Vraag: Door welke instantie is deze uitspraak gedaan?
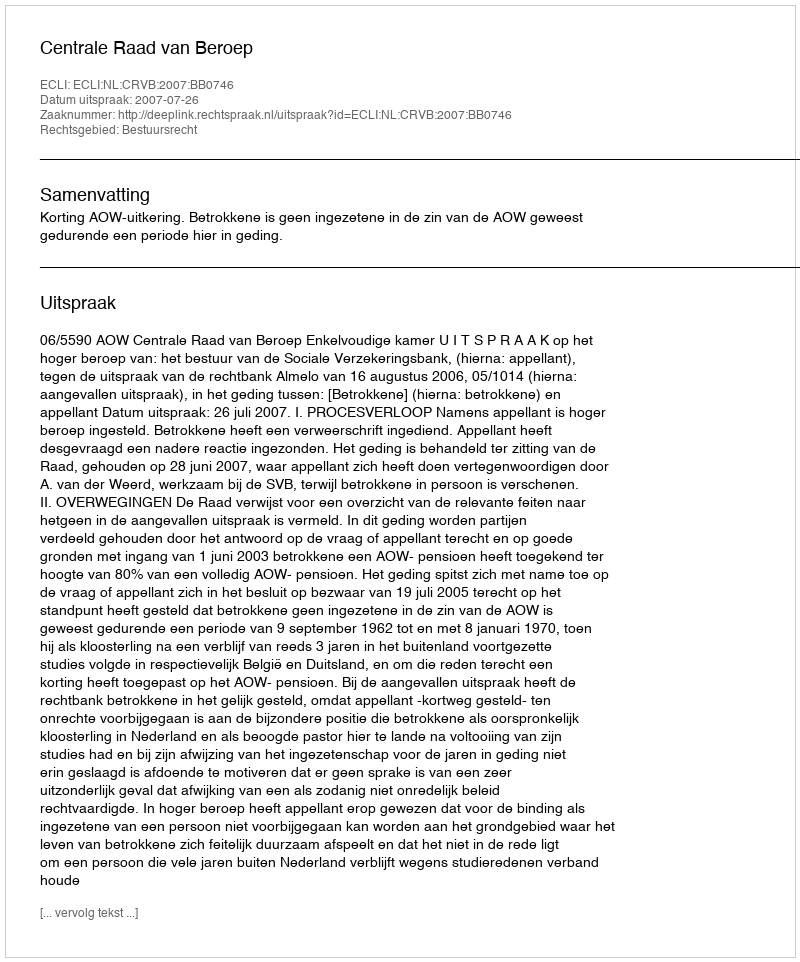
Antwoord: Centrale Raad van Beroep